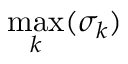
\operatorname* { m a x } _ { k } ( \sigma _ { k } )